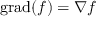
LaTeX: \operatorname { g r a d } ( f ) = \nabla f